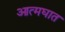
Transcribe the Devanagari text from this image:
आत्‍मघात